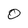
Character: 0